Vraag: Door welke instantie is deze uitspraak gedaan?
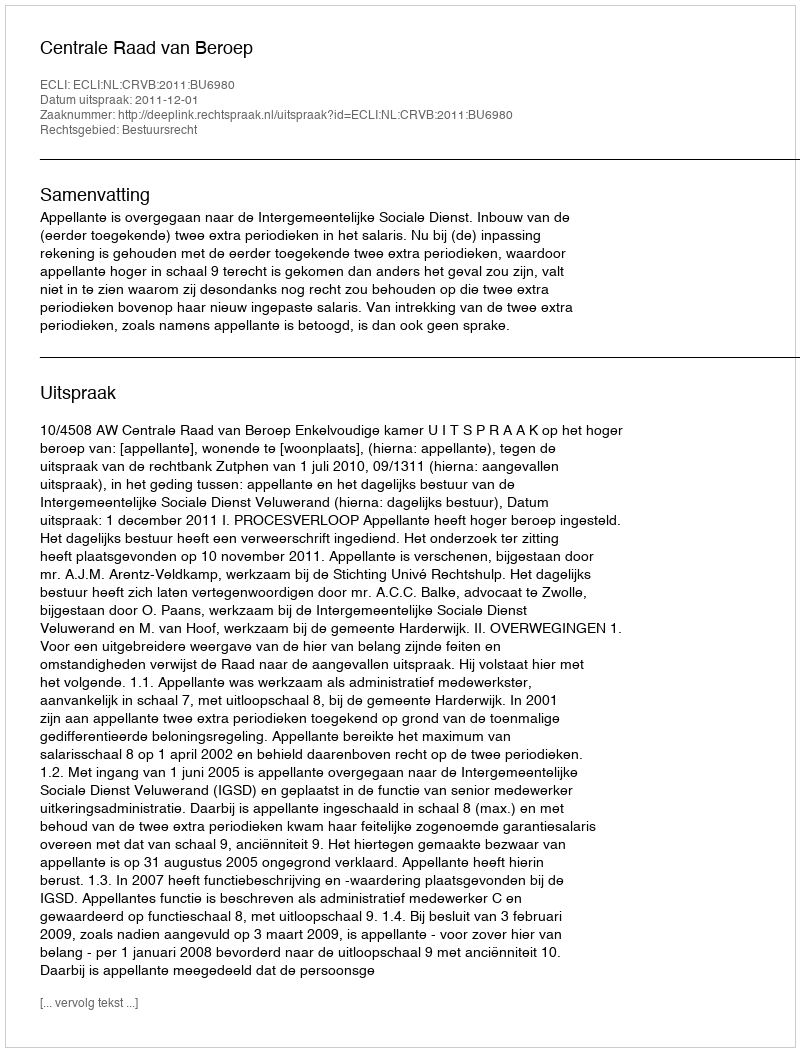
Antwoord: Centrale Raad van Beroep